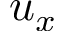
u _ { x }